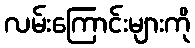
လမ်းကြောင်းများကို